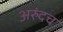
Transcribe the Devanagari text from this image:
अरुंदच